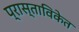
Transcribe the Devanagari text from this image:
प्रास्ताविकेत